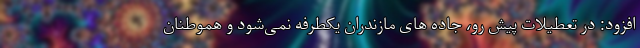
افزود: در تعطیلات پیش رو، جاده های مازندران یکطرفه نمی‌شود و هموطنان